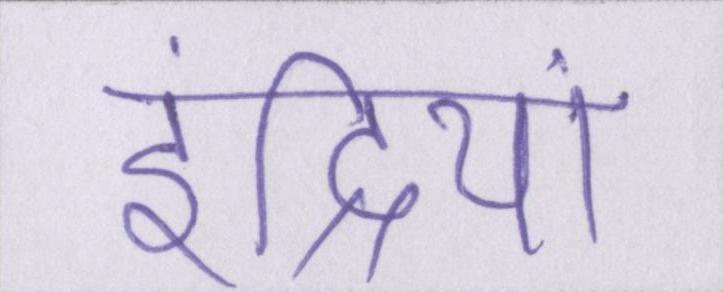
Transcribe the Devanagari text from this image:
इंद्रियां